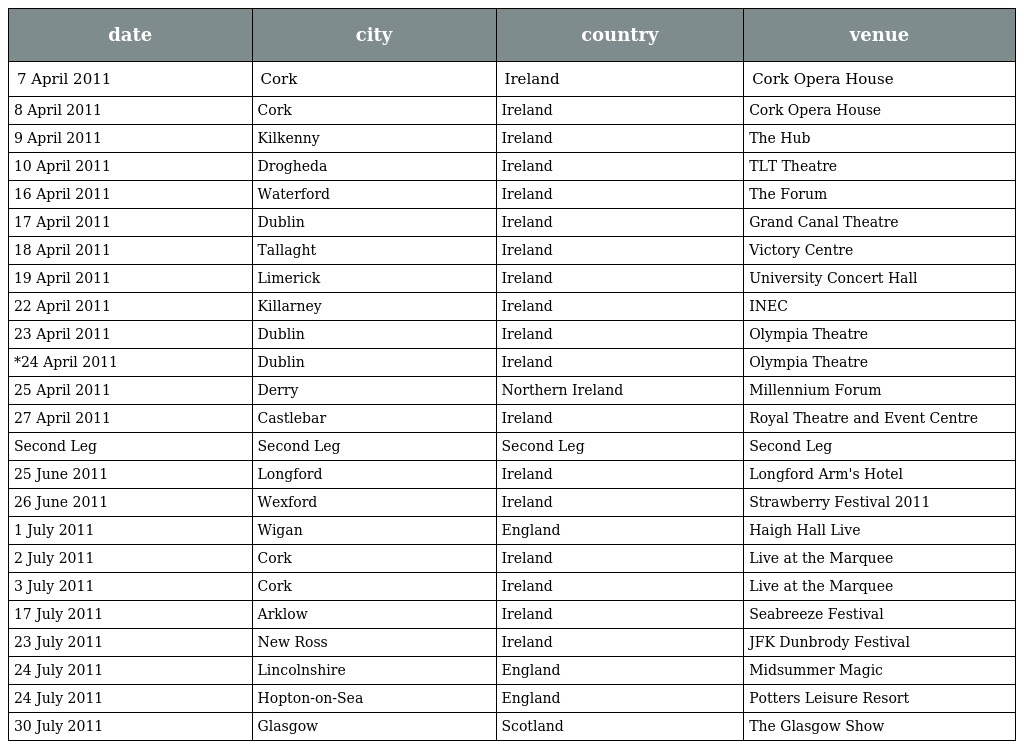
| date | city | country | venue |
 | --- | --- | --- | --- |
 | 7 April 2011 | Cork | Ireland | Cork Opera House |
 | 8 April 2011 | Cork | Ireland | Cork Opera House |
 | 9 April 2011 | Kilkenny | Ireland | The Hub |
 | 10 April 2011 | Drogheda | Ireland | TLT Theatre |
 | 16 April 2011 | Waterford | Ireland | The Forum |
 | 17 April 2011 | Dublin | Ireland | Grand Canal Theatre |
 | 18 April 2011 | Tallaght | Ireland | Victory Centre |
 | 19 April 2011 | Limerick | Ireland | University Concert Hall |
 | 22 April 2011 | Killarney | Ireland | INEC |
 | 23 April 2011 | Dublin | Ireland | Olympia Theatre |
 | *24 April 2011 | Dublin | Ireland | Olympia Theatre |
 | 25 April 2011 | Derry | Northern Ireland | Millennium Forum |
 | 27 April 2011 | Castlebar | Ireland | Royal Theatre and Event Centre |
 | Second Leg | Second Leg | Second Leg | Second Leg |
 | 25 June 2011 | Longford | Ireland | Longford Arm's Hotel |
 | 26 June 2011 | Wexford | Ireland | Strawberry Festival 2011 |
 | 1 July 2011 | Wigan | England | Haigh Hall Live |
 | 2 July 2011 | Cork | Ireland | Live at the Marquee |
 | 3 July 2011 | Cork | Ireland | Live at the Marquee |
 | 17 July 2011 | Arklow | Ireland | Seabreeze Festival |
 | 23 July 2011 | New Ross | Ireland | JFK Dunbrody Festival |
 | 24 July 2011 | Lincolnshire | England | Midsummer Magic |
 | 24 July 2011 | Hopton-on-Sea | England | Potters Leisure Resort |
 | 30 July 2011 | Glasgow | Scotland | The Glasgow Show |